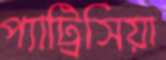
প্যাট্রিসিয়া